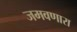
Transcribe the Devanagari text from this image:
जमवणारा